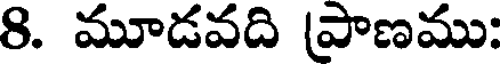
8. మూడవది ప్రాణము: